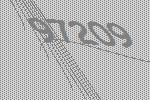
97209